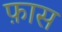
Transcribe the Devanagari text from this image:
फ़ास